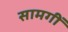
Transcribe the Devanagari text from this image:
सामगीं